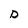
Character: D